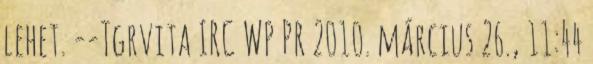
lehet. --Tgrvita IRC WP PR 2010. március 26., 11:44